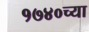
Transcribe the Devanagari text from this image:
१७४०च्या